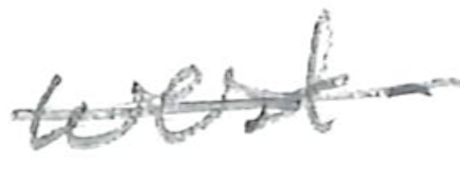
Text: west-
Cross-out: mix
Writing tool: pencil